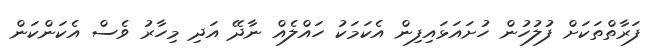
ފަރާތްތަކަށް ފުލުހުން ހުށައަޅައިފިން އެކަމަކު ހައްލެއް ނާދޭ އަދި މިހާރު ވެސް އެކަންކަން